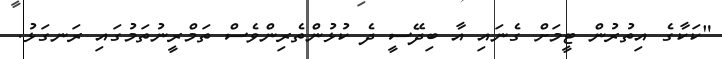
"ކަކާގެ އިތުރުން ޓީމަށް ގެނައި އާ ބިދޭސީ ދެ ކުޅުންތެރިންވެސް ތަމްރީނުތަމުގައި ރަނގަޅު.